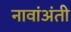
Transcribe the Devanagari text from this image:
नावांअंती